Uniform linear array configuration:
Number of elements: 4
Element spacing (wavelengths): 0.5
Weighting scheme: uniform
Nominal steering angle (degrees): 30
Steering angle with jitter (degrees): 28.221
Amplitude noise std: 0.05
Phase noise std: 0.05

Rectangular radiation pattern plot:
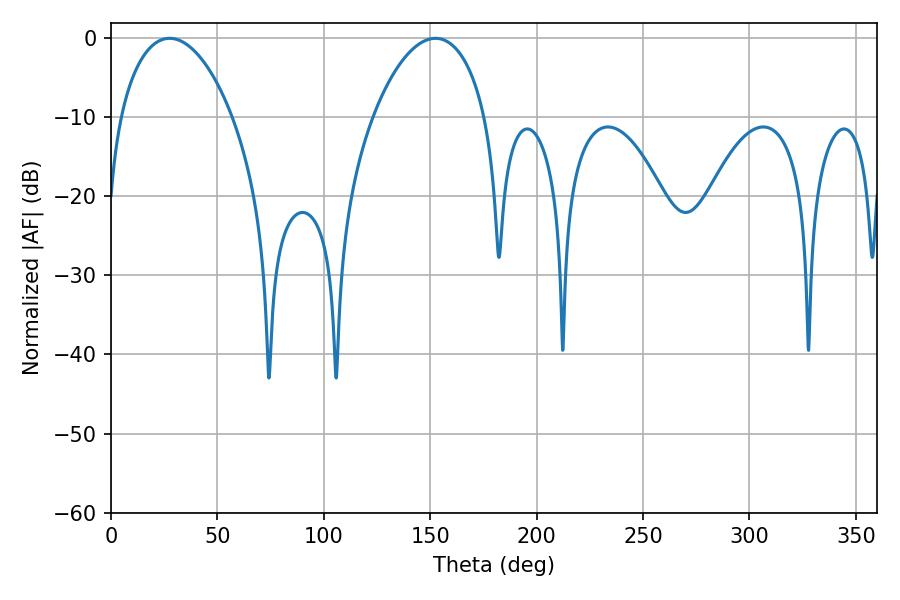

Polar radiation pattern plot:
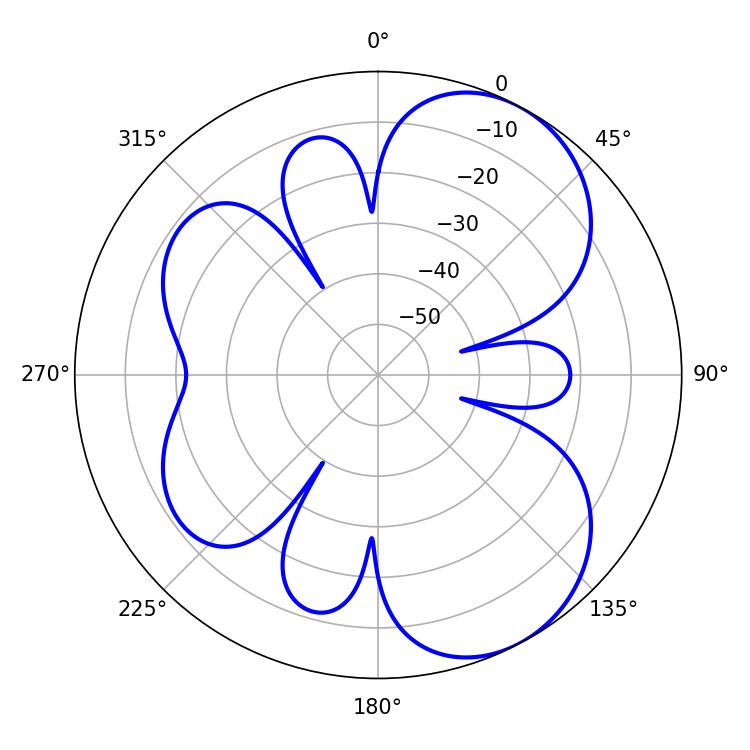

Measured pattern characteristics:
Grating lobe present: FALSE
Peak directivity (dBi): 6.408
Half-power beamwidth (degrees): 29.88
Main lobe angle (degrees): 27.54